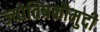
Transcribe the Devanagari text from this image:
ज्योतिषकौमुदी